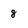
Character: 8